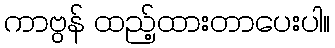
ကာဗွန် ထည့်ထားတာပေးပါ။